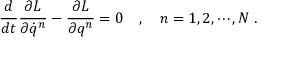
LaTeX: \frac { d } { d t } \frac { \partial L } { \partial \dot { q } ^ { n } } - \frac { \partial L } { \partial q ^ { n } } = 0 \ \ \ , \ \ \ n = 1 , 2 , \cdots , N \ .